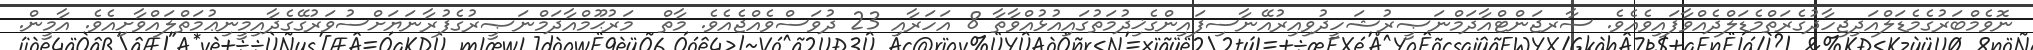
ނޮވެމްބަރުގެމެޑަލްއަދިޖިހާދުގެރަތްމެޑަލްދެއްވާފައިވެއެވެ. ސާރޖަންޓްއާދަމްނަޞީރުޝަހީދުވިއިރުއޭނާސިފައިންގެޚިދުމަތުގައިއުޅުއްވާތާ 8 އަހަރާއި 23 ދުވަސްވެއްޖެއެވެ. މާތް  މަރުޙޫމްއާދަމްނަޞީރުގެފުރާނަޔަށްސުވަރުގޭގެދާއިމީނިޢުމަތްލައްވާށިއެވެ. އާމީން.